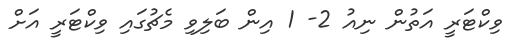
ވިކްޓަރީ އަތުން ނިއު 2- 1 އިން ބަލިވި މެޗުގައި ވިކްޓަރީ އަށް